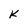
Character: K